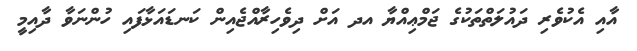
އާއި އެކުވެރި ދައުލަތްތަކުގެ ޖަމްޢިއްޔާ އދ އަށް ދިވެހިރާއްޖެއިން ކަނޑައަޅާފައި ހުންނަވާ ދާއިމީ